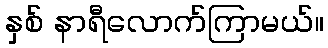
နှစ် နာရီလောက်ကြာမယ်။